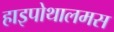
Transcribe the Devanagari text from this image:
हाइपोथालमस